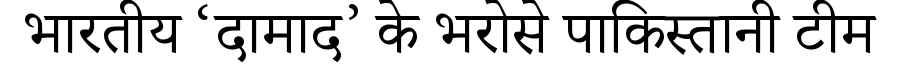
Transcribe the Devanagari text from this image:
भारतीय ‘दामाद’ के भरोसे पाकिस्तानी टीम